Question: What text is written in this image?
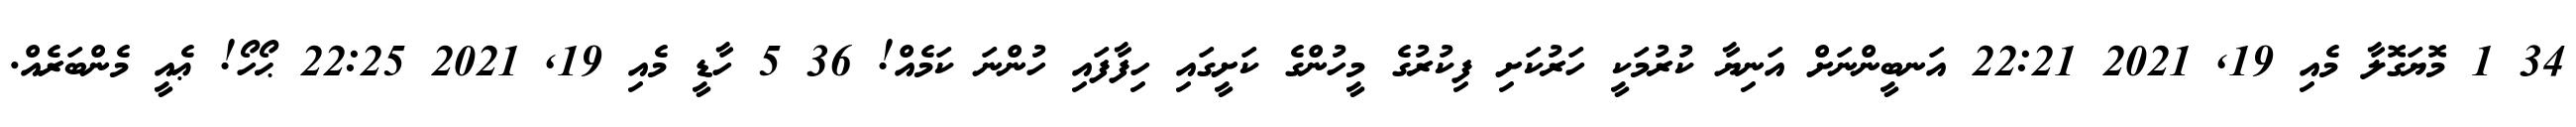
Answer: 34 1 މޮޔަގޮލާ މެއި 19, 2021 22:21 އަނބީންނަށް އަނިޔާ ކުރުމަކީ ހަރުކަށި ފިކުރުގެ މީހުންގެ ކަށީގައި ހިފާފައި ހުންނަ ކަމެއް! 36 5 ހާޑީ މެއި 19, 2021 22:25 ޙޯހޯ! ޢެއީ މެންބަރެއް.